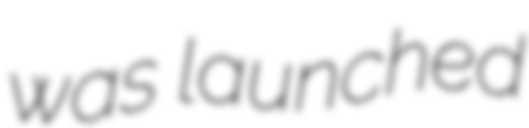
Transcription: was launched